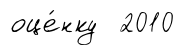
оце́нку 2010